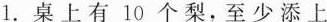
1. 桌上有 10 个梨，至少添上